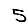
Digit: 5